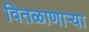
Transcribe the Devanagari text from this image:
वितळाणाऱ्या